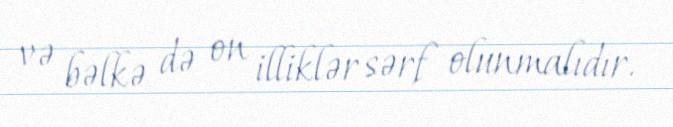
və bəlkə də on illiklər sərf olunmalıdır.